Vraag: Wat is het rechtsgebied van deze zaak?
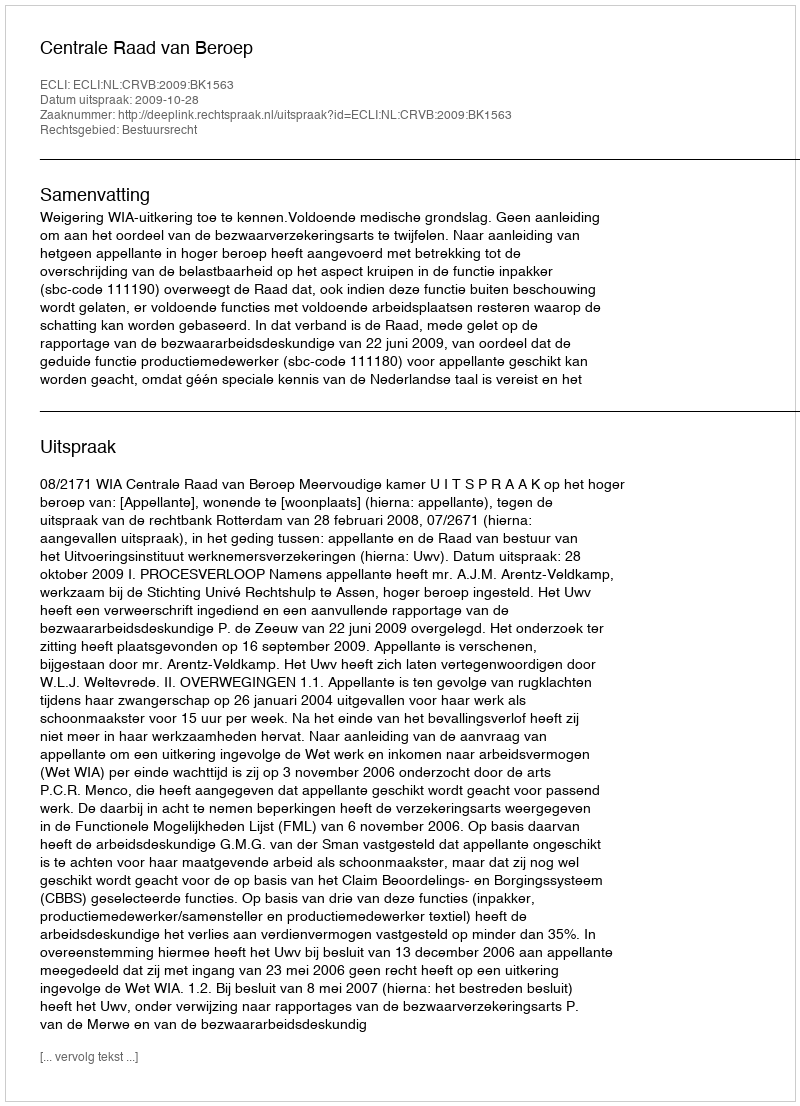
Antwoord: Bestuursrecht